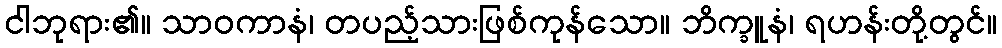
ငါဘုရား၏။ သာဝကာနံ၊ တပည့်သားဖြစ်ကုန်သော။ ဘိက္ခူနံ၊ ရဟန်းတို့တွင်။